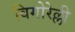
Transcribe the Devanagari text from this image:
विगोरेल्ली